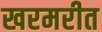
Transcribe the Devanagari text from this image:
खरमरीत